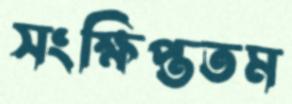
সংক্ষিপ্ততম